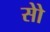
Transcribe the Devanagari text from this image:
सोे